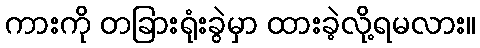
ကားကို တခြားရုံးခွဲမှာ ထားခဲ့လို့ရမလား။